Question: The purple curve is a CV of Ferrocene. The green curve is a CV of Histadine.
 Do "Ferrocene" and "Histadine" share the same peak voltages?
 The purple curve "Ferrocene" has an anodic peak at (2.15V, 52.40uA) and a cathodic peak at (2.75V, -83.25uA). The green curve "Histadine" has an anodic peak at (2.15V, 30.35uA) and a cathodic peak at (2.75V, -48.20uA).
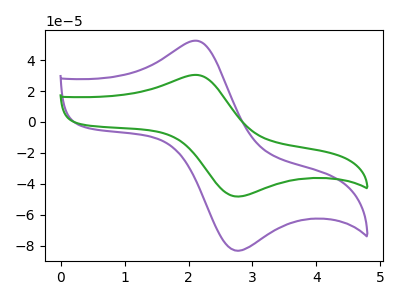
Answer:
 <answer>Yes, "Ferrocene" have a peak in "Histadine" at the same potential.</answer>
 <eval>match</eval>